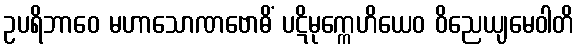
ဥပရိဘာဝေ မဟာသောဏဗောဓိံ ပဋိမုက္ကေဟိယေဝ ဝိညေယျမေဝါတိ